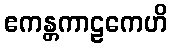
ဧကန္တကာဠကေဟိ